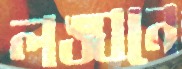
লঙ্ঘনে